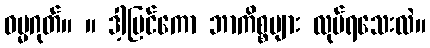
ဓမ္မဂုတ်။ ။ ဒါ့ပြင်ကော ဘာကိစ္စများ လုပ်ရသေးလဲ။